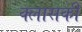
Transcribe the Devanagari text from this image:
क्लासकी